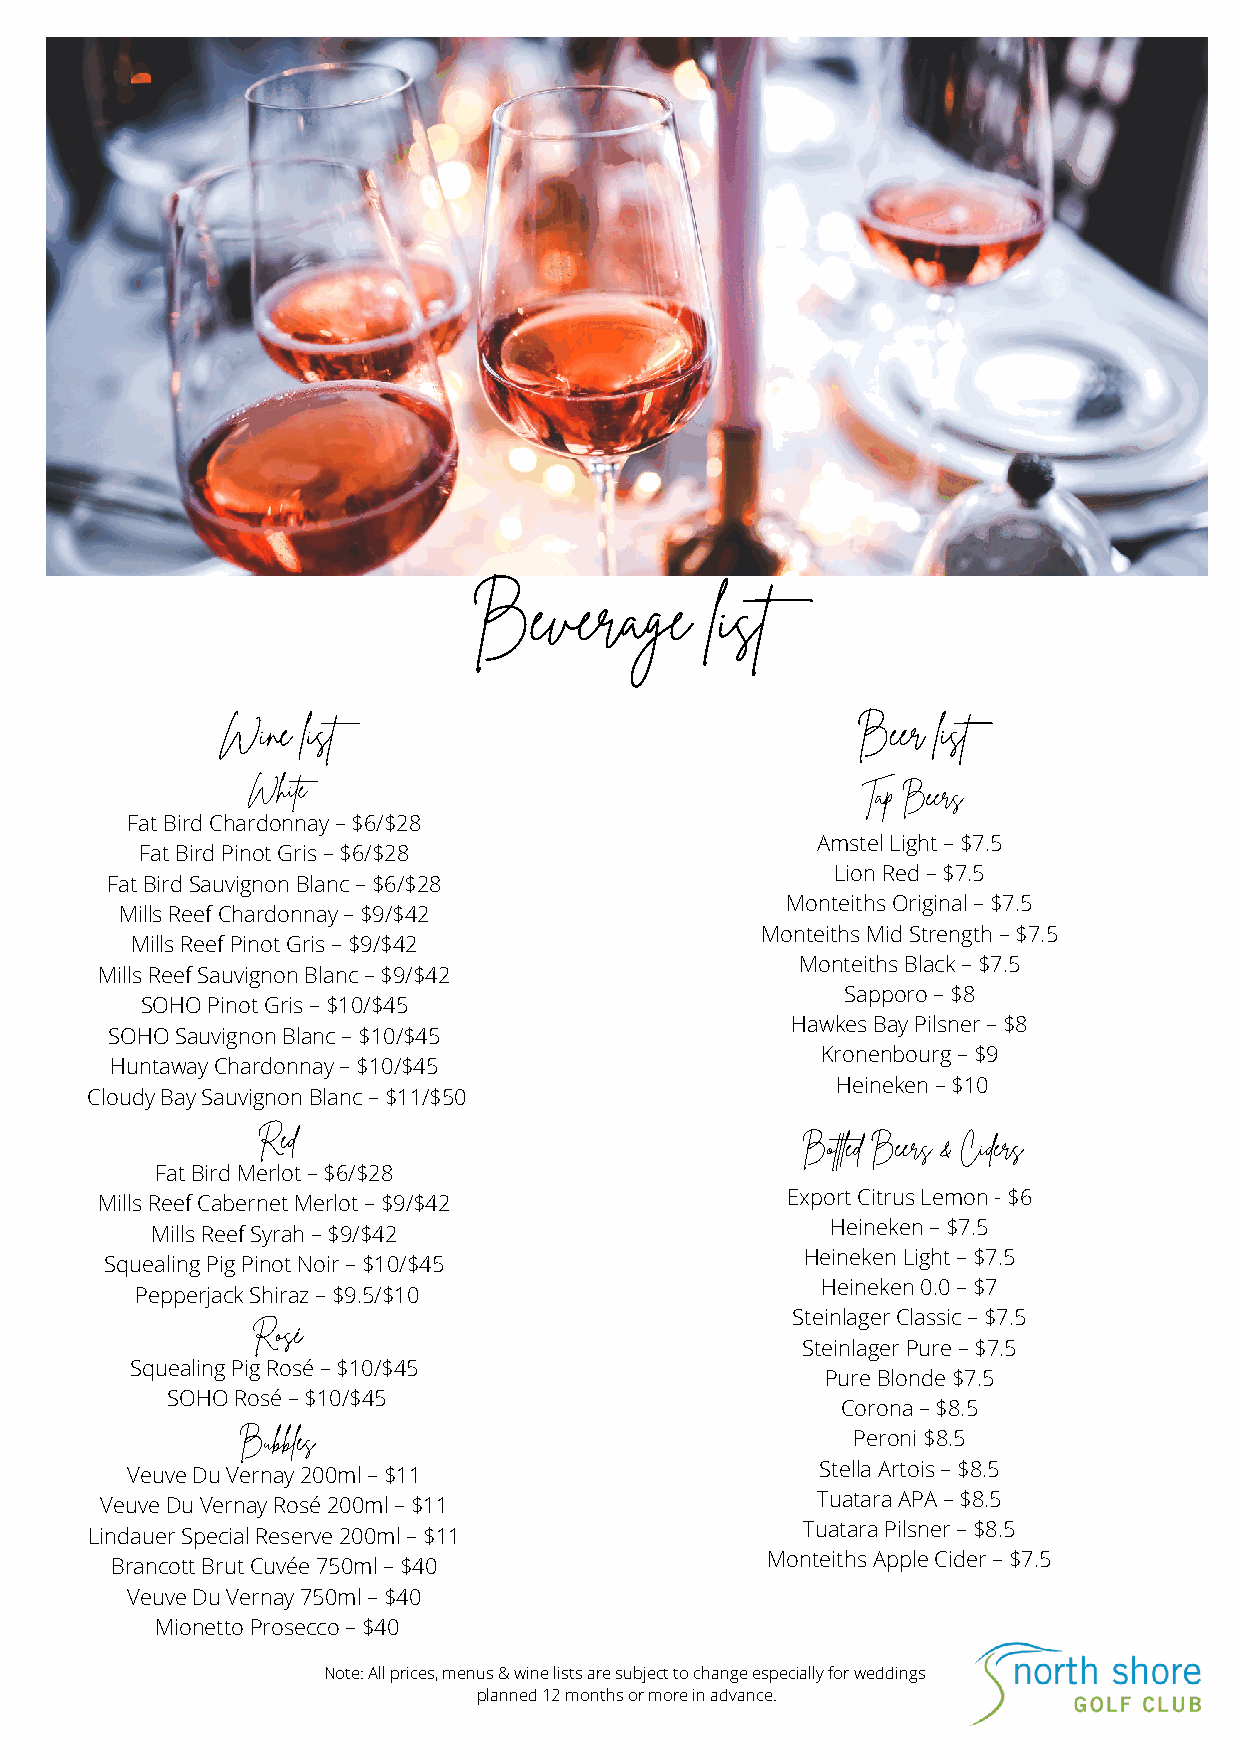
Beverage        list
 Wine list                                 Beer list
 White
 Tap Beers
 Fat Bird Chardonnay – $6/$28
 Amstel Light – $7.5
 Fat Bird Pinot Gris – $6/$28
 Lion Red – $7.5
 Fat Bird Sauvignon Blanc – $6/$28
 Monteiths Original – $7.5
 Mills Reef Chardonnay – $9/$42
 Monteiths Mid Strength – $7.5
 Mills Reef Pinot Gris – $9/$42
 Monteiths Black – $7.5
 Mills Reef Sauvignon Blanc – $9/$42
 Sapporo – $8
 SOHO Pinot Gris – $10/$45
 Hawkes Bay Pilsner – $8
 SOHO Sauvignon Blanc – $10/$45
 Kronenbourg – $9
 Huntaway Chardonnay – $10/$45
 Heineken – $10
 Cloudy Bay Sauvignon Blanc – $11/$50
 Red
 Bottled Beers & Ciders
 Fat Bird Merlot – $6/$28
 Export Citrus Lemon - $6
 Mills Reef Cabernet Merlot – $9/$42
 Heineken – $7.5
 Mills Reef Syrah – $9/$42
 Heineken Light – $7.5
 Squealing Pig Pinot Noir – $10/$45
 Heineken 0.0 – $7
 Pepperjack Shiraz – $9.5/$10
 Ro sé                              Steinlager Classic – $7.5
 Steinlager Pure – $7.5
 Squealing Pig Rosé – $10/$45
 Pure Blonde $7.5
 SOHO Rosé – $10/$45
 Corona – $8.5
 Bubbles
 Peroni $8.5
 Stella Artois – $8.5
 Veuve Du Vernay 200ml – $11
 Tuatara APA – $8.5
 Veuve Du Vernay Rosé 200ml – $11
 Tuatara Pilsner – $8.5
 Lindauer Special Reserve 200ml – $11
 Monteiths Apple Cider – $7.5
 Brancott Brut Cuvée 750ml – $40
 Veuve Du Vernay 750ml – $40
 Mionetto Prosecco – $40
 Note: All prices, menus & wine lists are subject to change especially for weddings
 planned 12 months or more in advance.